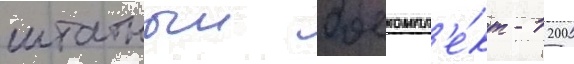
штатныи боекомпл'е́кт - 1200